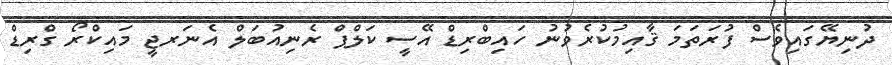
ދުނިޔޭގައިވެސް ފުރަތަމަ ޤާއިމުކުރެވުނު ހައިބްރިޑް އޭސީ ކަލްޕް ރެނިއުބަލް އެނަރޖީ މައިކްރޯ ގްރިޑް